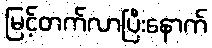
မြင့်တက်လာပြီးနောက်